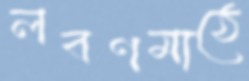
লবণমাঠে